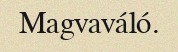
Magvaváló.